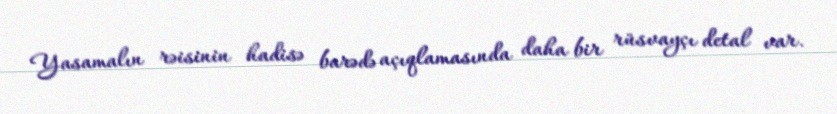
Yasamalın rəisinin hadisə barədə açıqlamasında daha bir rüsvayçı detal var.